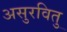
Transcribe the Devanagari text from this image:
असुरवितु